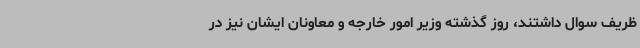
ظریف سوال داشتند، روز گذشته وزیر امور خارجه و معاونان ایشان نیز در